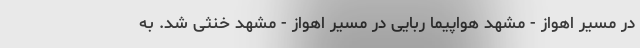
در مسیر اهواز - مشهد هواپیما ربایی در مسیر اهواز - مشهد خنثی شد. به